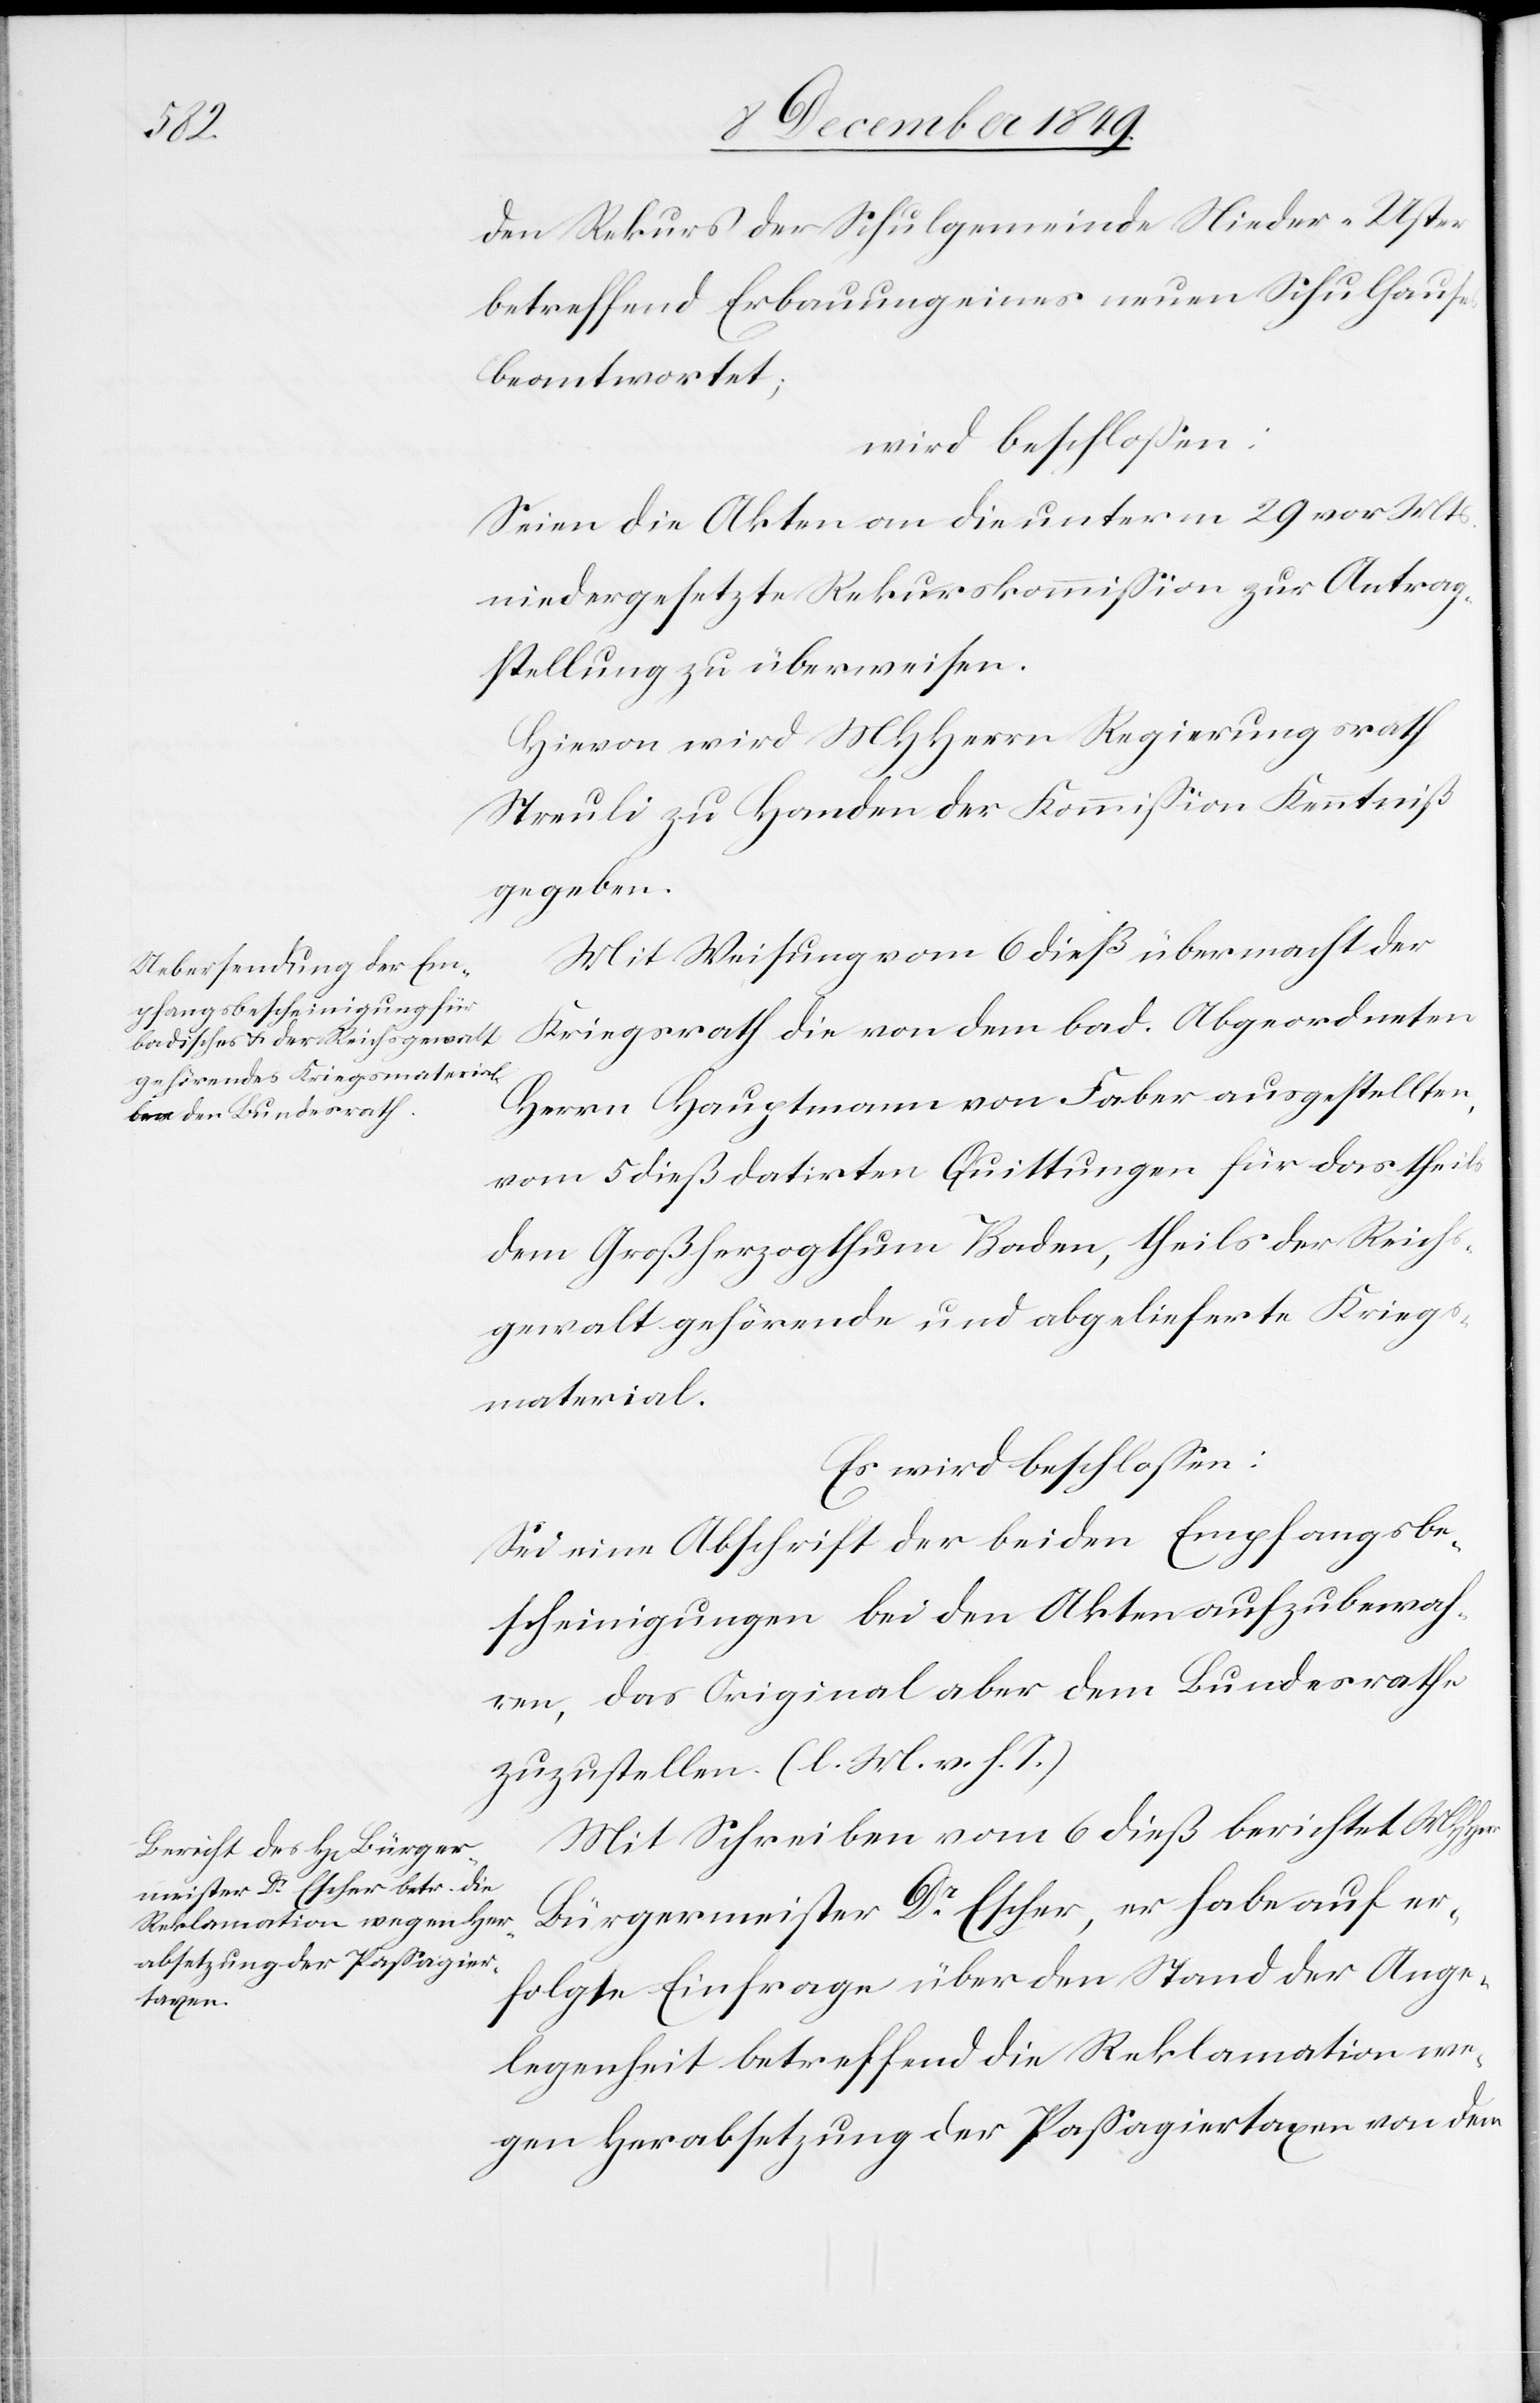
den Rekurs der Schulgemeinde Nieder-Uster
betreffend Erbauung eines neuen Schulhauses
beantwortet;
wird beschloßen:
Seien die Akten an die unterm 29 vor. Mts.
niedergesetzte Rekurskommißion zur Antrag¬
stellung überwiesen.
Hievon wird MHHerrn Regierungsrath
Streuli zu Handen der Kommißion Kenntniß
gegeben.
Mit Weisung vom 6 dieß übermacht der
Kriegsrath die von dem bad. Abgeordneten
Herrn Hauptmann von Faber ausgestellten,
vom 5 dieß datirten Quittungen für das theils
dem Großherzogthum Baden, theils der Reich¬
sgewalt gehörende und abgelieferte Kriegs¬
material.
Sei eine Abschrift der beiden Empfangsbe¬
scheinigungen bei den Akten aufzubewah¬
ren, das Original aber dem Bundesrathe
zuzustellen. [l. M. v. h. T]
Mit Schreiben vom 6 dieß berichtet MHHerr
Bürgermeister Dr Escher, er habe auf er¬
folgte Einfrage über den Stand der Ange¬
legenheit betreffend die Reklamation we¬
gen Herabsetzung der Paßagiertaxen von dem